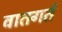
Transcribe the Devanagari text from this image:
वातगर्त